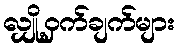
လျှို့ဝှက်ချက်များ